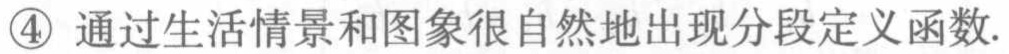
\textcircled{4} 通过生活情景和图象很自然地出现分段定义函数.